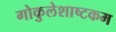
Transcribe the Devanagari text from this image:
गोकुलेशाष्टकम